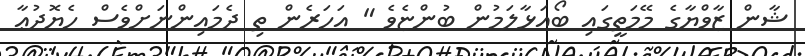
ޝާން ޒާވްޔާގެ މޭމަތީގައި ބޯއަޅާލަމުން ބުންޏެވެ " އަހަރެން ތި ދެމައިންނަށްވެސް ހެޔޮދުޢާ